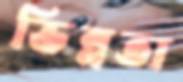
ভিন্নতা